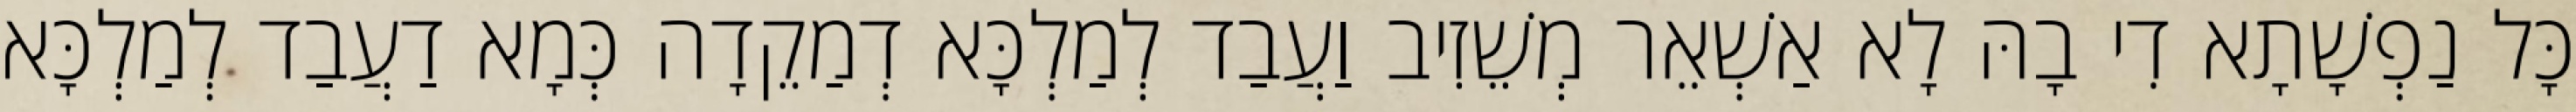
כָּל נַפְשָׁתָא דִי בָהּ לָא אַשְׁאֵר מְשֵׁזִיב וַעֲבַד לְמַלְכָּא דְמַקֵדָה כְּמָא דַעֲבַד לְמַלְכָּא